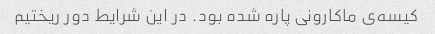
کیسه‌ی ماکارونی پاره شده بود. در این شرایط دور ریختیم